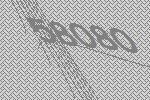
58080